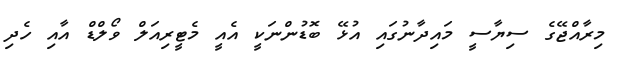
މިރާއްޖޭގެ ސިޔާސީ މައިދާނުގައި އުޅޭ ބޮޑުންނަކީ އެއީ މެޓީރިއަލް ވޯލްޑް އާއި ހެދި